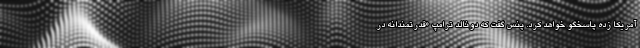
آمریکا زده پاسخگو خواهد کرد. پنس گفت که دونالد ترامپ «قدرتمندانه در